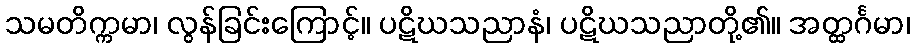
သမတိက္ကမာ၊ လွန်ခြင်းကြောင့်။ ပဋိဃသညာနံ၊ ပဋိဃသညာတို့၏။ အတ္ထင်္ဂမာ၊